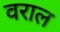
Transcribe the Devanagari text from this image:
वराल